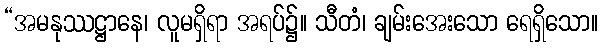
“အမနုဿဋ္ဌာနေ၊ လူမရှိရာ အရပ်၌။ သီတံ၊ ချမ်းအေးသော ရေရှိသော။